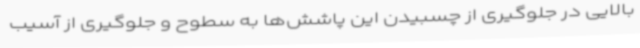
بالایی در جلوگیری از چسبیدن این پاشش‌ها به سطوح و جلوگیری از آسیب